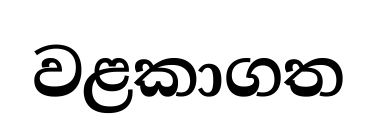
වළකාගත